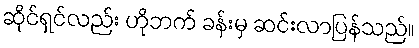
ဆိုင်ရှင်လည်း ဟိုဘက် ခန်းမှ ဆင်းလာပြန်သည်။